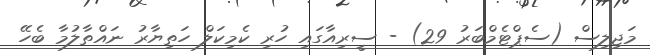
މަޖިލިސް (ސެޕްޓެމްބަރު 29) - ސީރިއާގައި ހުރި ކެމިކަލް ހަތިޔާރު ނައްތާލުމާ ބެހޭ